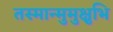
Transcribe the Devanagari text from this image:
तस्मान्मुमुक्षुभि